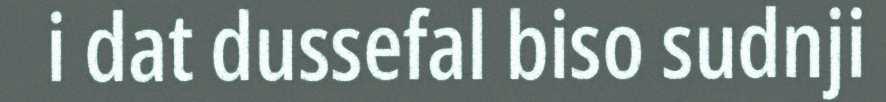
i dat dussefal biso sudnji